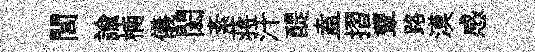
閭諭楠儀閎紊蒋汗醍盍摺顰路漠感